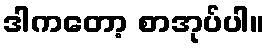
ဒါကတော့ စာအုပ်ပါ။